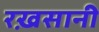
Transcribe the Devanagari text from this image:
रख़सानी